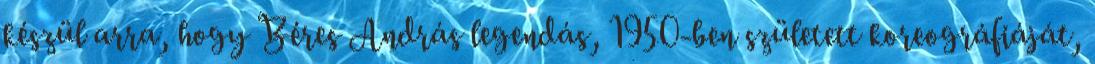
készül arra, hogy Béres András legendás, 1950-ben született koreográfiáját,